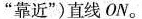
“靠近”)直线ON。